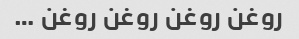
روغن روغن روغن روغن …